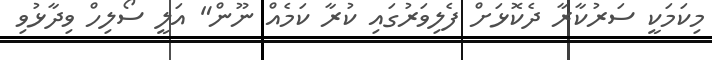
މިކަމަކީ ސަރުކާރާ ދެކޮޅަށް ފެލިވަރުގައި ކުރާ ކަމެއް ނޫން" އަލީ ސޯލިހް ވިދާޅުވި